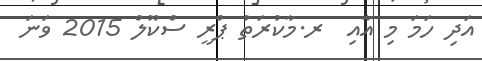
އަދި ހަމަ މި އާއި  ރ.މާކުރަތު ޕްރީ ސްކޫލް 2015 ވަނަ